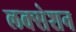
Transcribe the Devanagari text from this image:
लक्सेशन